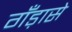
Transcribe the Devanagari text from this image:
गँड़ासे